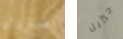
ستزداد جيزيل